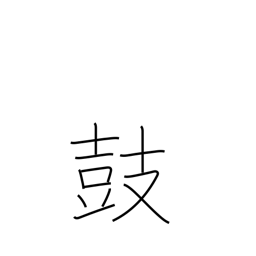
Meaning: muster